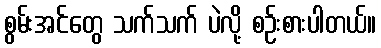
စွမ်းအင်တွေ သက်သက် ပဲလို့ စဉ်းစားပါတယ်။